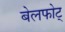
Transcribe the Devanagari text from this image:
बेलफोट्